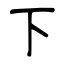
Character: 下